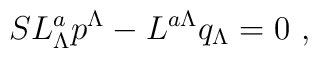
S L_\Lambda^a p^\Lambda -  L^{a\Lambda} q_\Lambda =0\ ,